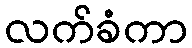
လက်ခံကာ